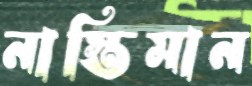
নাস্তিমান